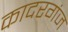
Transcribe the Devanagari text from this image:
कादरगंज